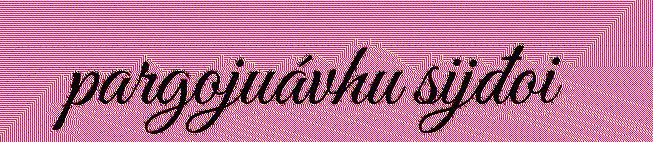
pargojuávhu sijđoi